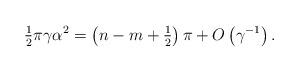
LaTeX: \begin{align*}{\tfrac{1}{2}}\pi\gamma\alpha^{2}=\left( {n-m+{\tfrac{1}{2}}}\right)\pi+{O}\left( {\gamma^{-1}}\right) . \end{align*}